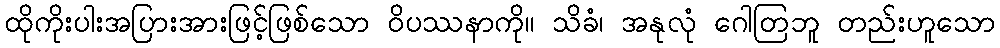
ထိုကိုးပါးအပြားအားဖြင့်ဖြစ်သော ဝိပဿနာကို။ သိခံ၊ အနုလုံ ဂေါတြဘူ တည်းဟူသော